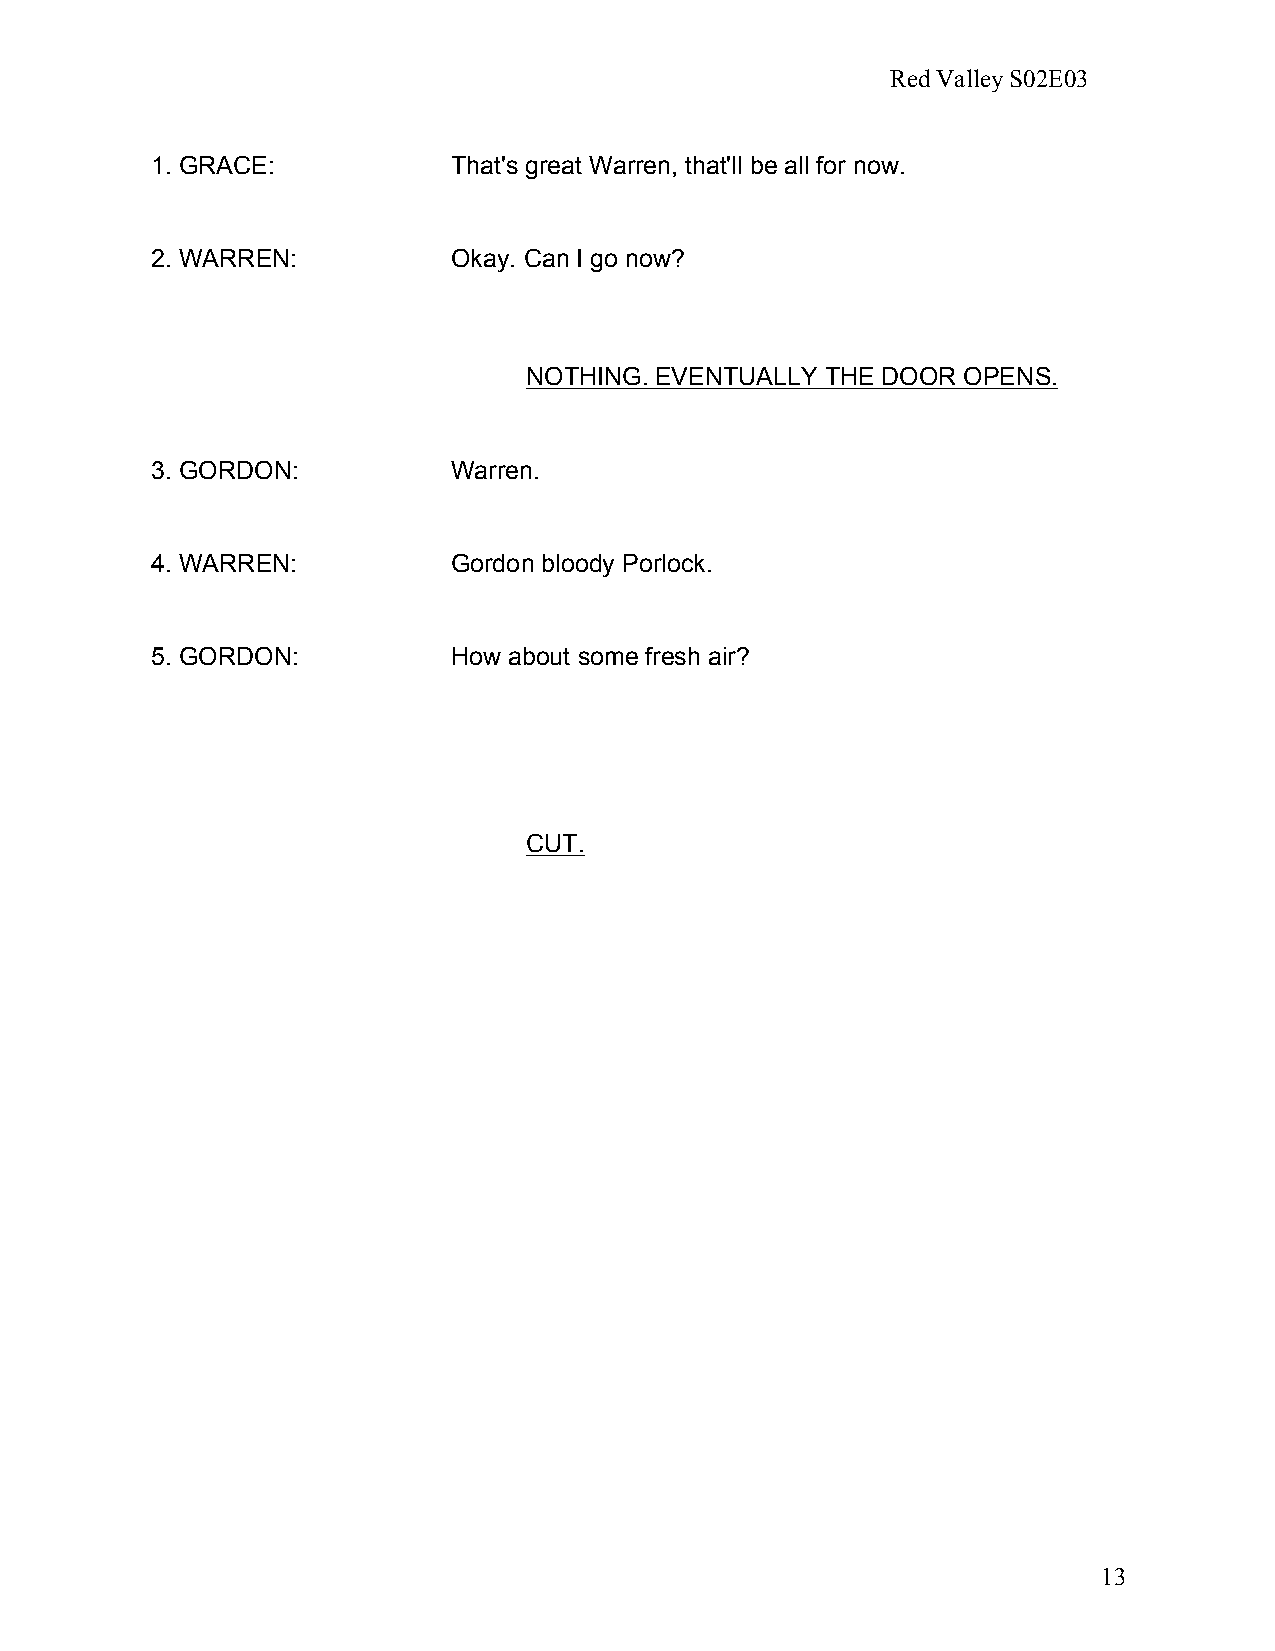
Red Valley S02E03
 1. GRACE:           That's great Warren, that'll be all for now.
 2. WARREN:          Okay. Can I go now?
 NOTHING. EVENTUALLY THE DOOR OPENS.
 3. GORDON:          Warren.
 4. WARREN:          Gordon bloody Porlock.
 5. GORDON:          How about some fresh air?
 CUT.
 13